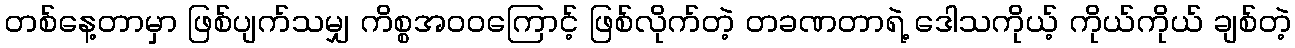
တစ်နေ့တာမှာ ဖြစ်ပျက်သမျှ ကိစ္စအဝဝကြောင့် ဖြစ်လိုက်တဲ့ တခဏတာရဲ့ ဒေါသကိုယ့် ကိုယ်ကိုယ် ချစ်တဲ့